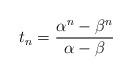
LaTeX: \begin{align*} t_n=\frac{\alpha^n-\beta^n}{\alpha-\beta}\end{align*}